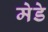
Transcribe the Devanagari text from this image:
मेडे